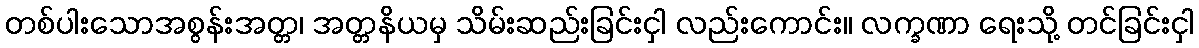
တစ်ပါးသောအစွန်းအတ္တ၊ အတ္တနိယမှ သိမ်းဆည်းခြင်းငှါ လည်းကောင်း။ လက္ခဏာ ရေးသို့ တင်ခြင်းငှါ